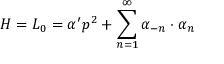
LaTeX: H = L _ { 0 } = \alpha ^ { \prime } p ^ { 2 } + \sum _ { n = 1 } ^ { \infty } \alpha _ { - n } \cdot \alpha _ { n }